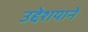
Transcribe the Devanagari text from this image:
उद्देशयाने